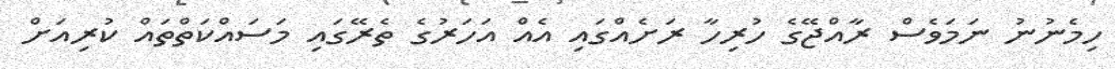
ހިމެނުނު ނަމަވެސް ރާއްޖޭގެ ހުރިހާ ރަށެއްގައި އެއް އަހަރުގެ ތެރޭގައި މަސައްކަތްތައް ކުރިއަށް